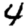
Digit: 4